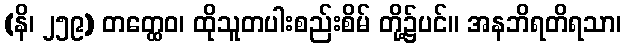
(နိ၊ ၂၅၉) တတ္ထေဝ၊ ထိုသူတပါးစည်းစိမ် တို့၌ပင်။ အနဘိရတိရသာ၊